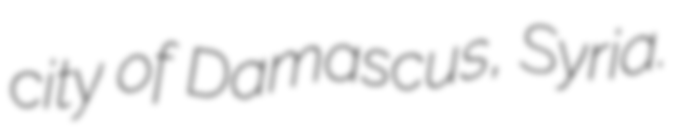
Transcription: city of Damascus, Syria.